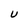
Character: U